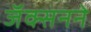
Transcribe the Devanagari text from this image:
जॅक्सनने